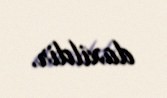
daxildir.